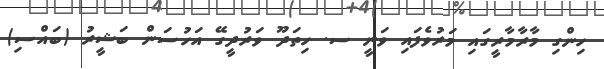
ހިންގި މާރާމާރީގައި މަރުވެފައި ވަނީ ސ. ހިތަދޫ ވަރުދީގޭ އަހުސަން ބަޝީރު (ބައްސި)